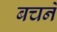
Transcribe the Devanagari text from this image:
बचनें